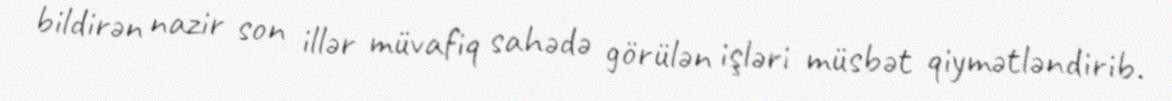
bildirən nazir son illər müvafiq sahədə görülən işləri müsbət qiymətləndirib.